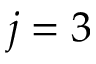
j = 3